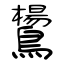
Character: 鸉